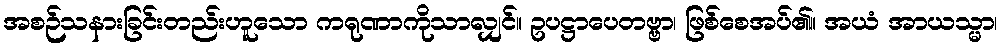
အစဉ်သနားခြင်းတည်းဟူသော ကရုဏာကိုသာလျှင်။ ဥပဋ္ဌာပေတဗ္ဗာ၊ ဖြစ်စေအပ်၏။ အယံ အာယသ္မာ၊